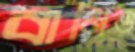
বানিও